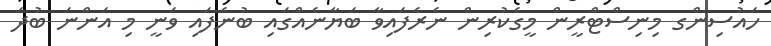
ހައުސިންގ މިނިސްޓްރީން މީގެކުރިން ނެރެފައިވާ ބަޔާނެއްގައި ބުނެފައި ވަނީ މި އަންނަ ބުދަ